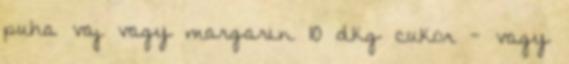
puha vaj vagy margarin 10 dkg cukor - vagy